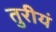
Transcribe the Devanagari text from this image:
तुरीयं